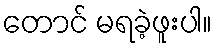
တောင် မရခဲ့ဖူးပါ။